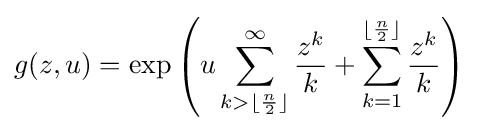
g(z,u)=\exp \left(u\sum _{k>\lfloor {\frac {n}{2}}\rfloor }^{\infty }{\frac {z^{k}}{k}}+\sum _{k=1}^{\lfloor {\frac {n}{2}}\rfloor }{\frac {z^{k}}{k}}\right)